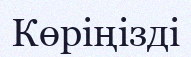
Көріңізді